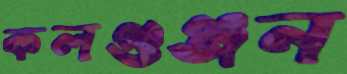
কলগুঞ্জন